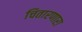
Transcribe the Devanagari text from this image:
चितारणारा